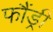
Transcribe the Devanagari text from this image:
फौंड्री